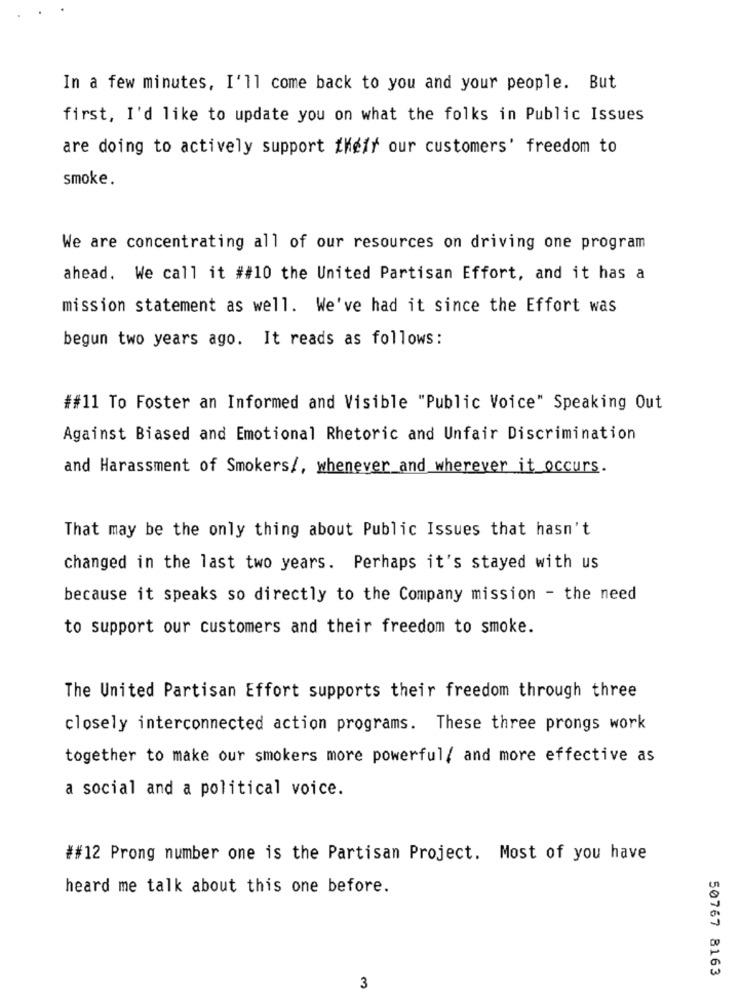
In a few minutes, I'll come back to you and your people. But
first, I'd like to update you on what the folks in Public Issues
are doing to actively support their our customers' freedom to
smoke.
We are concentrating all of our resources on driving one program
ahead. We call it ##10 the United Partisan Effort, and it has a
mission statement as well. We've had it since the Effort was
begun two years ago. It reads as follows:
##11 To Foster an Informed and Visible "Public Voice" Speaking Out
Against Biased and Emotional Rhetoric and Unfair Discrimination
and Harassment of Smokers/, whenever_and wherever it occurs.
That may be the only thing about Public Issues that hasn't
changed in the last two years. Perhaps it's stayed with us
because it speaks so directly to the Company mission - the need
to support our customers and their freedom to smoke.
The United Partisan Effort supports their freedom through three
closely interconnected action programs. These three prongs work
together to make our smokers more powerful/ and more effective as
a social and a political voice.
##12 Prong number one is the Partisan Project. Most of you have
heard me talk about this one before.
50767 8163
3